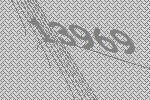
13969